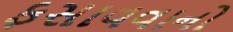
ફસાવવાનો